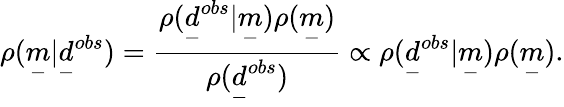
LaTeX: \rho(\underset{-}{m}|\underset{-}{d}^{obs})=\frac{\rho(\underset{-}{d}^{obs}|\underset{-}{m})\rho(\underset{-}{m})}{\rho(\underset{-}{d}^{obs})}\propto\rho(\underset{-}{d}^{obs}|\underset{-}{m})\rho(\underset{-}{m}).